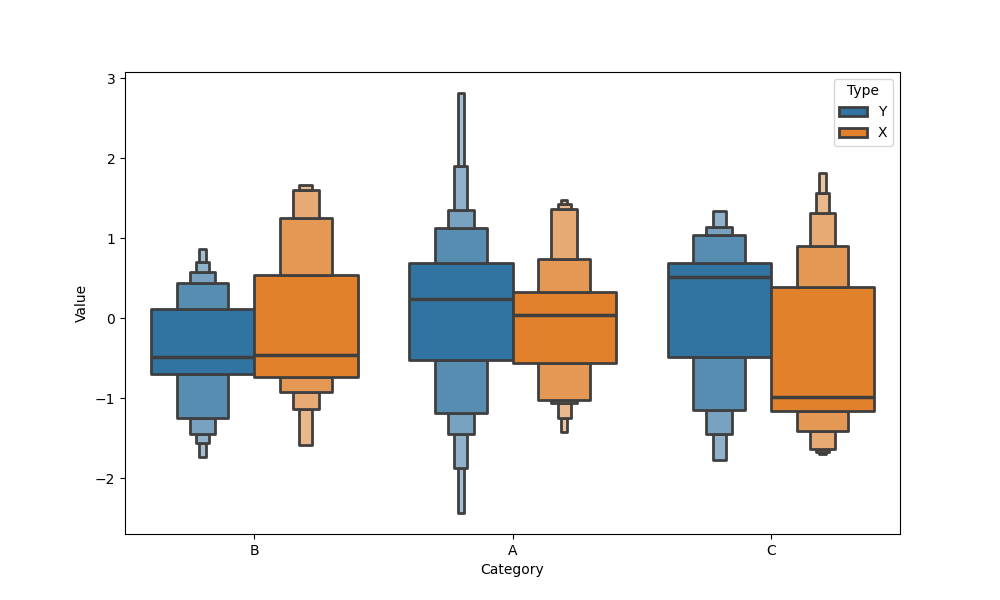
python, seaborn, boxenplot, k_depth='full', linewidth=2, scale='exponential', outlier_prop=0.2, showfliers=True